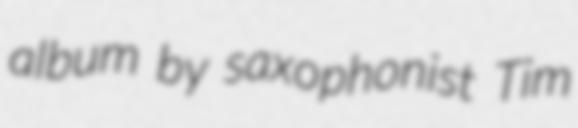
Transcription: album by saxophonist Tim